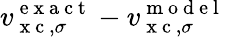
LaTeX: v_{\mathrm{~x~c~},\sigma}^{\mathrm{~e~x~a~c~t~}}-v_{\mathrm{~x~c~},\sigma}^{\mathrm{~m~o~d~e~l~}}